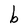
Character: b